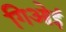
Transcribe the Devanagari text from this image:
गिओई